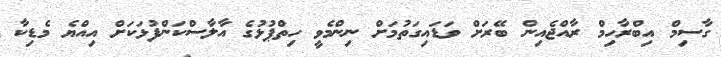
ގާސިމް އިބްރާހިމް ރާއްްޖެއިން ބޭރަށް ވަޑައިގަތުމަށް ނިންމެވީ ހިތްޕުޅުގެ އާލާސްކަންފުޅަކަށް އިއްޔެ މެޑިކާ